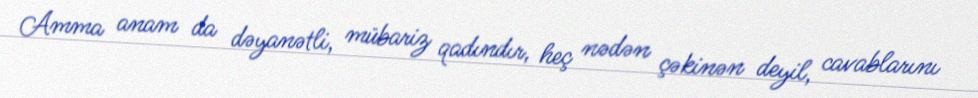
Amma anam da dəyanətli, mübariz qadındır, heç nədən çəkinən deyil, cavablarını